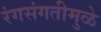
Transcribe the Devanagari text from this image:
रंगसंगतीमुळे